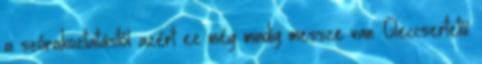
a szórakoztatástól azért ez még mindig messze van. Gleccsertetű: